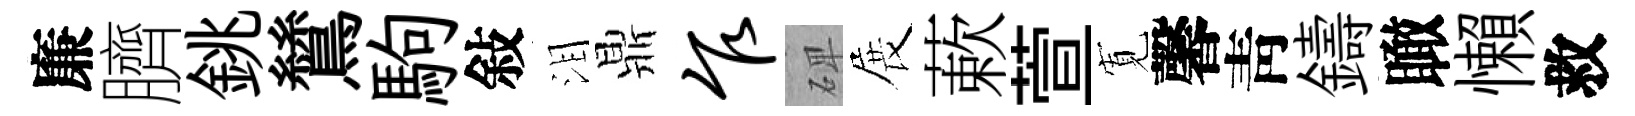
廉臍銚鷥駒敍泪鼎乍𥓓展蔌萱𡩖馨靑鑄瞰懶救